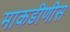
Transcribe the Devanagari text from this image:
माकडीणीस